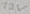
Text: 12V